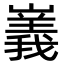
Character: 㠖